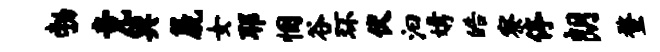
勃竟巽篪女耶悃谷环伏汩媾皓察停朗蝥